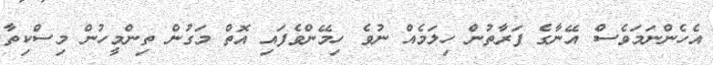
އެހެންނަމަވެސް އޭނާގެ ފަރާތުން ހިލަމެއް ނުވެ ހިމޭންވެފައި އޮތް މަގުން ތިންމީހުން މިސްކިތާ